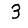
Digit: 3